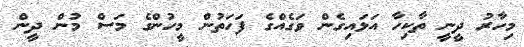
މިހާރު ދީނީ ތާކިހާ އަޅައިގެން ވަގެއްގެ ފަހަތުން މީހުންގެ މަސް މުން ދީން